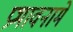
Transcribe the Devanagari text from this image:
प्रभावनामे